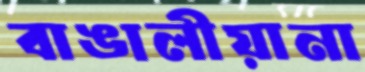
বাঙালীয়ানা